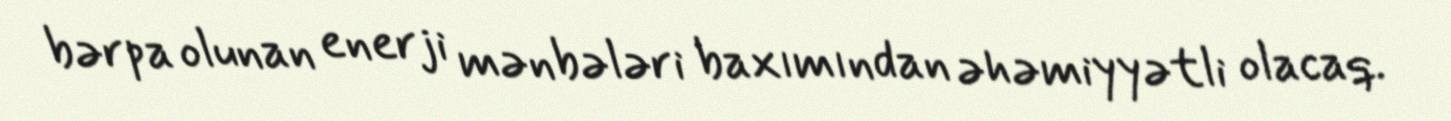
bərpa olunan enerji mənbələri baxımından əhəmiyyətli olacaq.